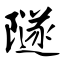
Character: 隧